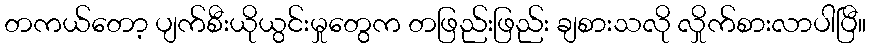
တကယ်တော့ ပျက်စီးယိုယွင်းမှုတွေက တဖြည်းဖြည်း ချစားသလို လှိုက်စားလာပါပြီ။